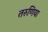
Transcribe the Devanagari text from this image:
तरुणिया